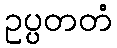
ဥပ္ပတတံ